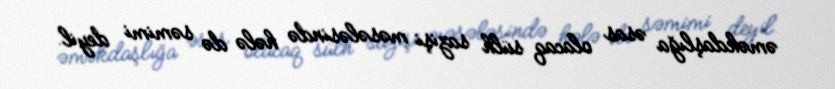
əməkdaşlığa əsas olacaq sülh sazişi məsələsində hələ də səmimi deyil.